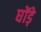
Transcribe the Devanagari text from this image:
घोंड़े